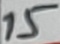
Text: 15